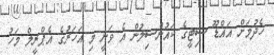
ހެދުމަށް އައްޑޫ ސިޓީގެ ކައުންސިލުން އެ ވަނީ މި އަހަރުގެ އެޕްރީލް މަހު